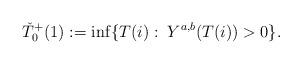
LaTeX: \begin{align*} \check{T}_{0}^+(1) := \inf\{T(i):\; Y^{a,b}(T(i)) > 0\}.\end{align*}